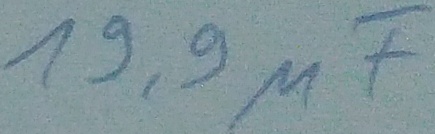
Text: 19,9µF